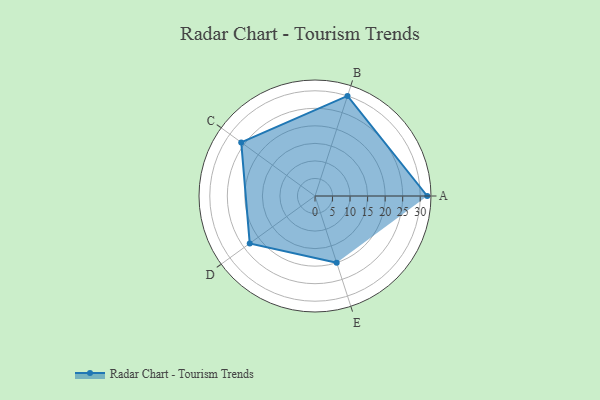
{"axis": {"x": "Skill", "y": "Score"}, "legend": ["Profile"], "data": [{"x": "A", "y": 32.0, "type": "Profile"}, {"x": "B", "y": 30.0, "type": "Profile"}, {"x": "C", "y": 26.0, "type": "Profile"}, {"x": "D", "y": 23.0, "type": "Profile"}, {"x": "E", "y": 20, "type": "Profile"}]}